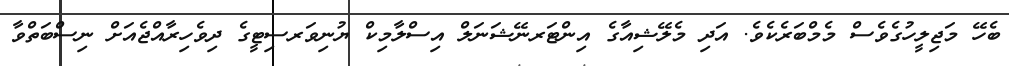
ބެހޭ މަޖިލީހުގެވެސް މެމްބަރެކެވެ. އަދި މެލޭޝިއާގެ އިންޓަރނޭޝަނަލް އިސްލާމިކް ޔުނިވަރސިޓީގެ ދިވެހިރާއްޖެއަށް ނިސްބަތްވާ